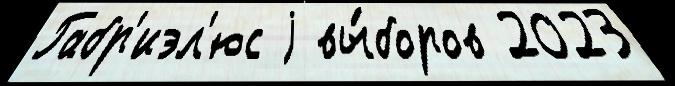
Габр'иэл'юс j вы́боров 2023